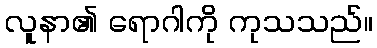
လူနာ၏ ရောဂါကို ကုသသည်။